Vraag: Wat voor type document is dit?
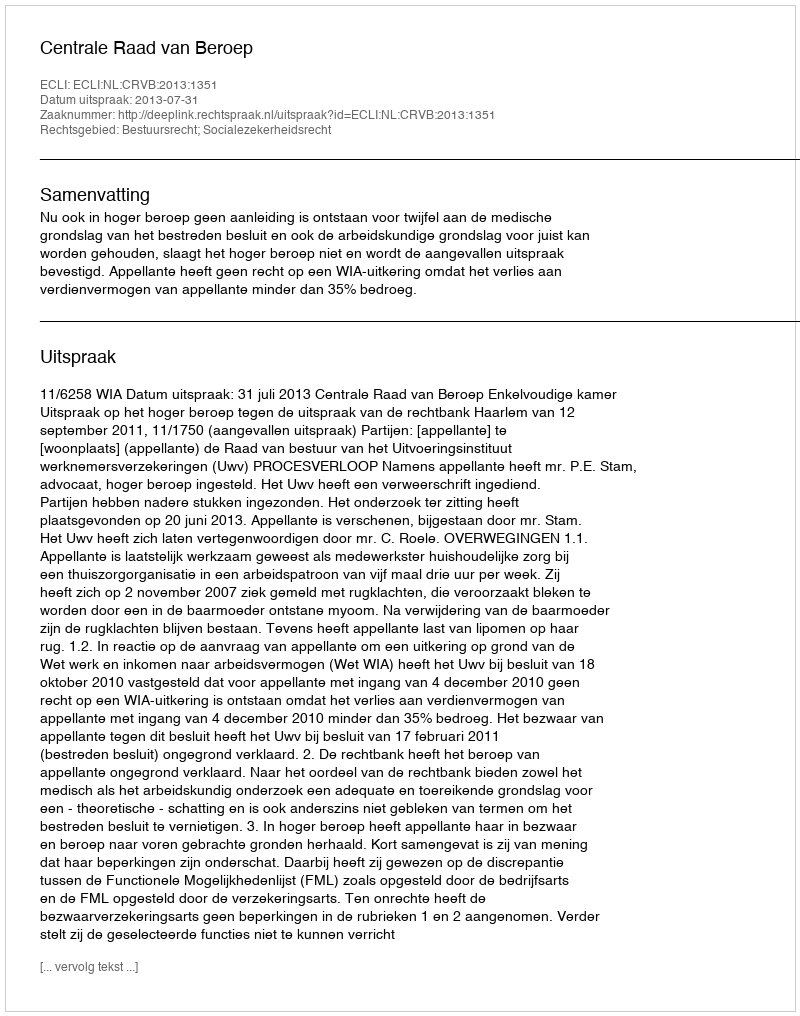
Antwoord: Uitspraak